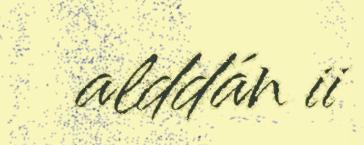
alddán ii